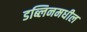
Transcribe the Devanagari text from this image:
डब्लिनमधील